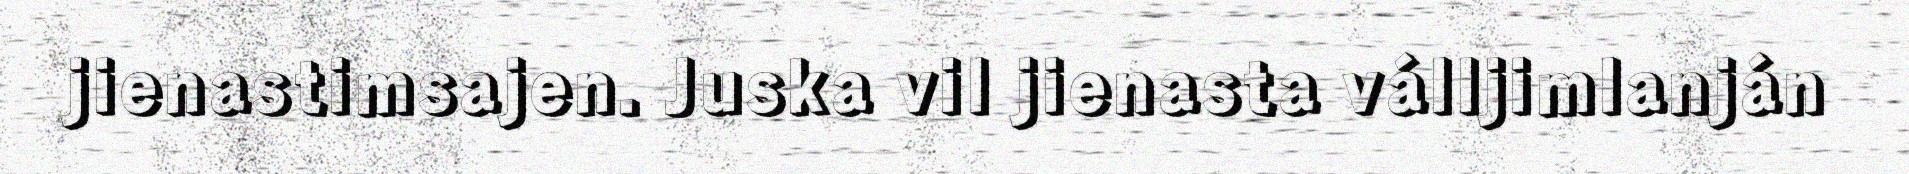
jienastimsajen. Juska vil jienasta válljimlanján